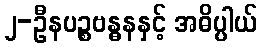
၂-ဦနပဉ္စဗန္ဓနနှင့် အဓိပ္ပါယ်